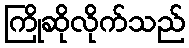
ကြိုဆိုလိုက်သည်